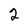
Character: 2